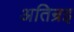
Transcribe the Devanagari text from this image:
अतिन्रइ